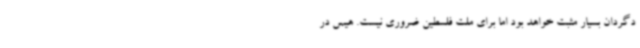
دگردان بسیار مثبت خواهد بود اما برای ملت فلسطین ضروری نیست. هیس در